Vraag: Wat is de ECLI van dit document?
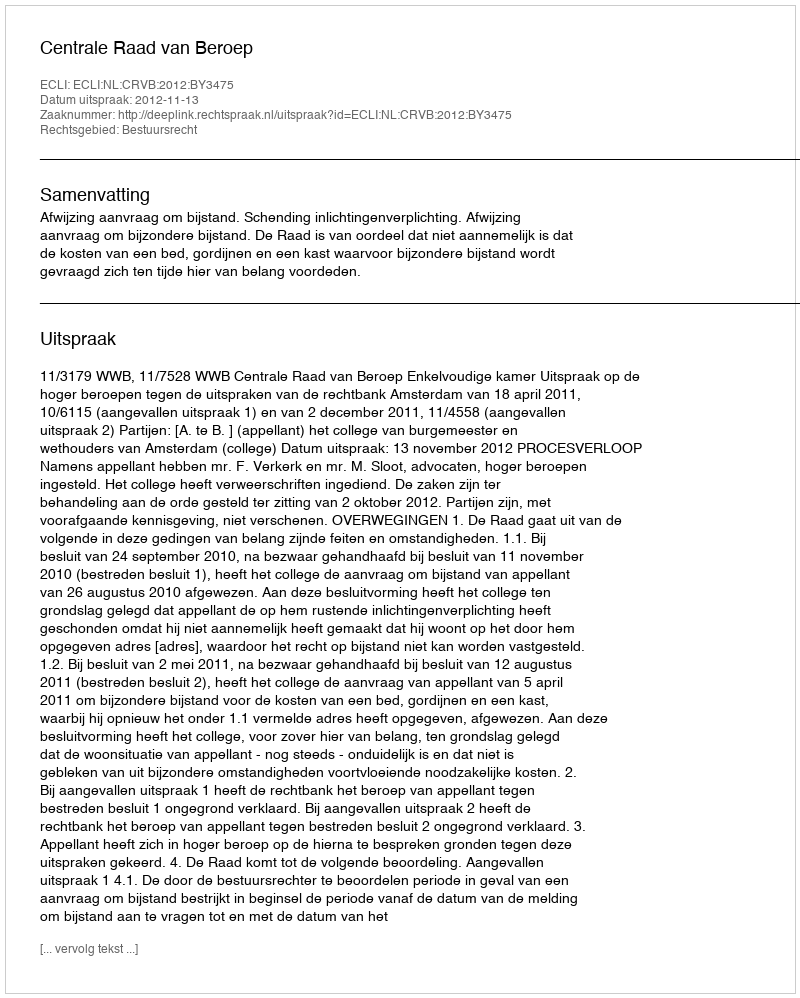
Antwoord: ECLI:NL:CRVB:2012:BY3475